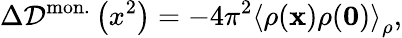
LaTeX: \Delta{\cal D}^{\mathrm{mon.}}\left(x^{2}\right)=-4\pi^{2}\left<\rho({\mathbf x})\rho({\mathbf 0})\right>_{\rho},